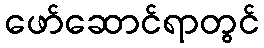
ဖော်ဆောင်ရာတွင်